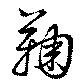
鞠